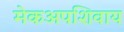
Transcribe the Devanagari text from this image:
मेकअपशिवाय